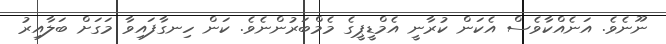
ނޫނެވެ. އަނެއްކާވެސް އެކަން ކުރާނީ އެމްޑީޕީގެ މެމްބަރުންނެވެ. ކަން ހިނގާފައިވާ މަގަށް ބަލާއިރު